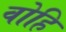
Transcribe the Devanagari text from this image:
वोहि